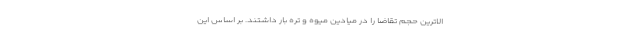
الاترین حجم تقاضا را در میادین میوه و تره بار داشتند. بر اساس این